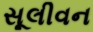
સૂલીવન